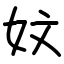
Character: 妏